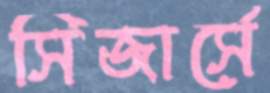
সিজার্সে